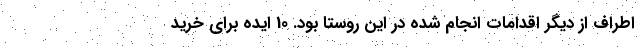
اطراف از دیگر اقدامات انجام شده در این روستا بود. 10 ایده برای خرید